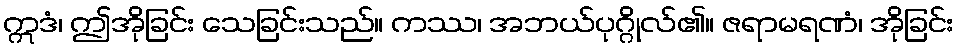
ဣဒံ၊ ဤအိုခြင်း သေခြင်းသည်။ ကဿ၊ အဘယ်ပုဂ္ဂိုလ်၏။ ဇရာမရဏံ၊ အိုခြင်း